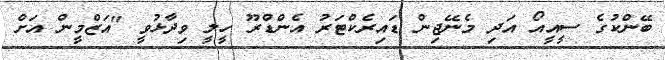
ބޭންކުގެ ސީއީއޯ އަދި މެނޭޖިން ޑައިރެކްޓަރު އެންޑްރޫ ހީލީ ވިދާޅުވީ "އަޒްމީން އަށް